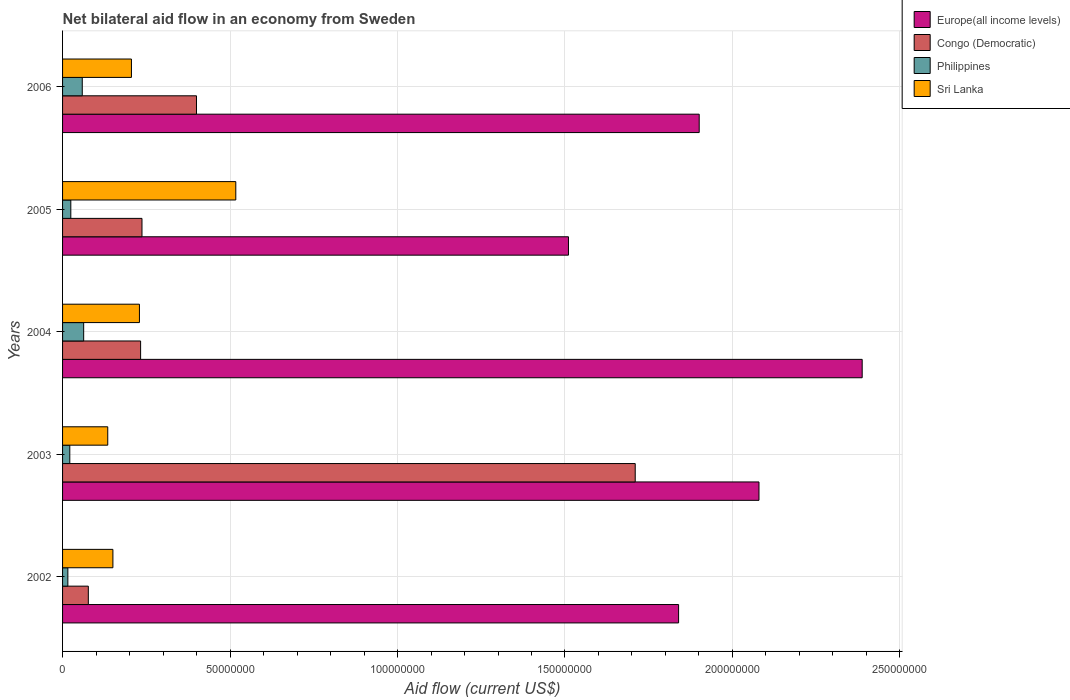
| Years | Europe(all income levels) | Congo (Democratic) | Philippines | Sri Lanka |
 | --- | --- | --- | --- | --- |
 | 2002 | 1.84e+08 | 7.69e+06 | 1.58e+06 | 1.5e+07 |
 | 2003 | 2.08e+08 | 1.71e+08 | 2.16e+06 | 1.35e+07 |
 | 2004 | 2.39e+08 | 2.33e+07 | 6.3e+06 | 2.3e+07 |
 | 2005 | 1.51e+08 | 2.37e+07 | 2.46e+06 | 5.17e+07 |
 | 2006 | 1.9e+08 | 4e+07 | 5.88e+06 | 2.06e+07 |